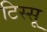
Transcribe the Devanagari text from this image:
टिस्सू